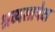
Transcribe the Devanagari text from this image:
श्रव्यसापेक्ष